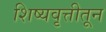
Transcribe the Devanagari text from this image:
शिष्यवृत्तीतून